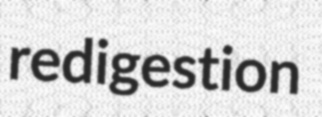
redigestion